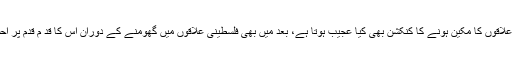
مقبوضہ علاقوں کا مکین ہونے کا کنکشن بھی کیا عجیب ہوتا ہے، بعد میں بھی فلسطینی علاقوں میں گھومنے کے دوران اس کا قد م قدم پر احساس ہوا۔